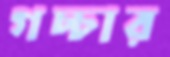
গচ্চার